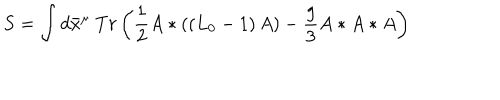
S = \int d \bar { x } ^ { \mu } ~ T r \left( \frac { 1 } { 2 } A \ast \left( \left( L _ { 0 } - 1 \right) A \right) - \frac { g } { 3 } A \ast A \ast A \right)